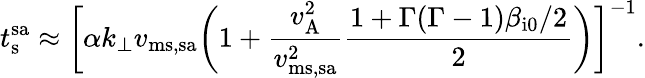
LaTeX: t_{\mathrm{s}}^{\mathrm{sa}}\approx\biggl[\alpha k_{\perp}v_{\mathrm{ms,sa}}\biggl(1+\frac{v_{\mathrm{A}}^{2}}{v_{\mathrm{ms,sa}}^{2}}\frac{1+\Gamma(\Gamma-1)\beta_{\mathrm{i0}}/2}{2}\biggr)\biggr]^{-1}.